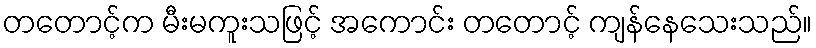
တတောင့်က မီးမကူးသဖြင့် အကောင်း တတောင့် ကျန်နေသေးသည်။